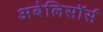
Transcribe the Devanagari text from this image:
अबेलिसॉर्स